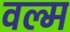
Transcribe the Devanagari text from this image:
वल्म